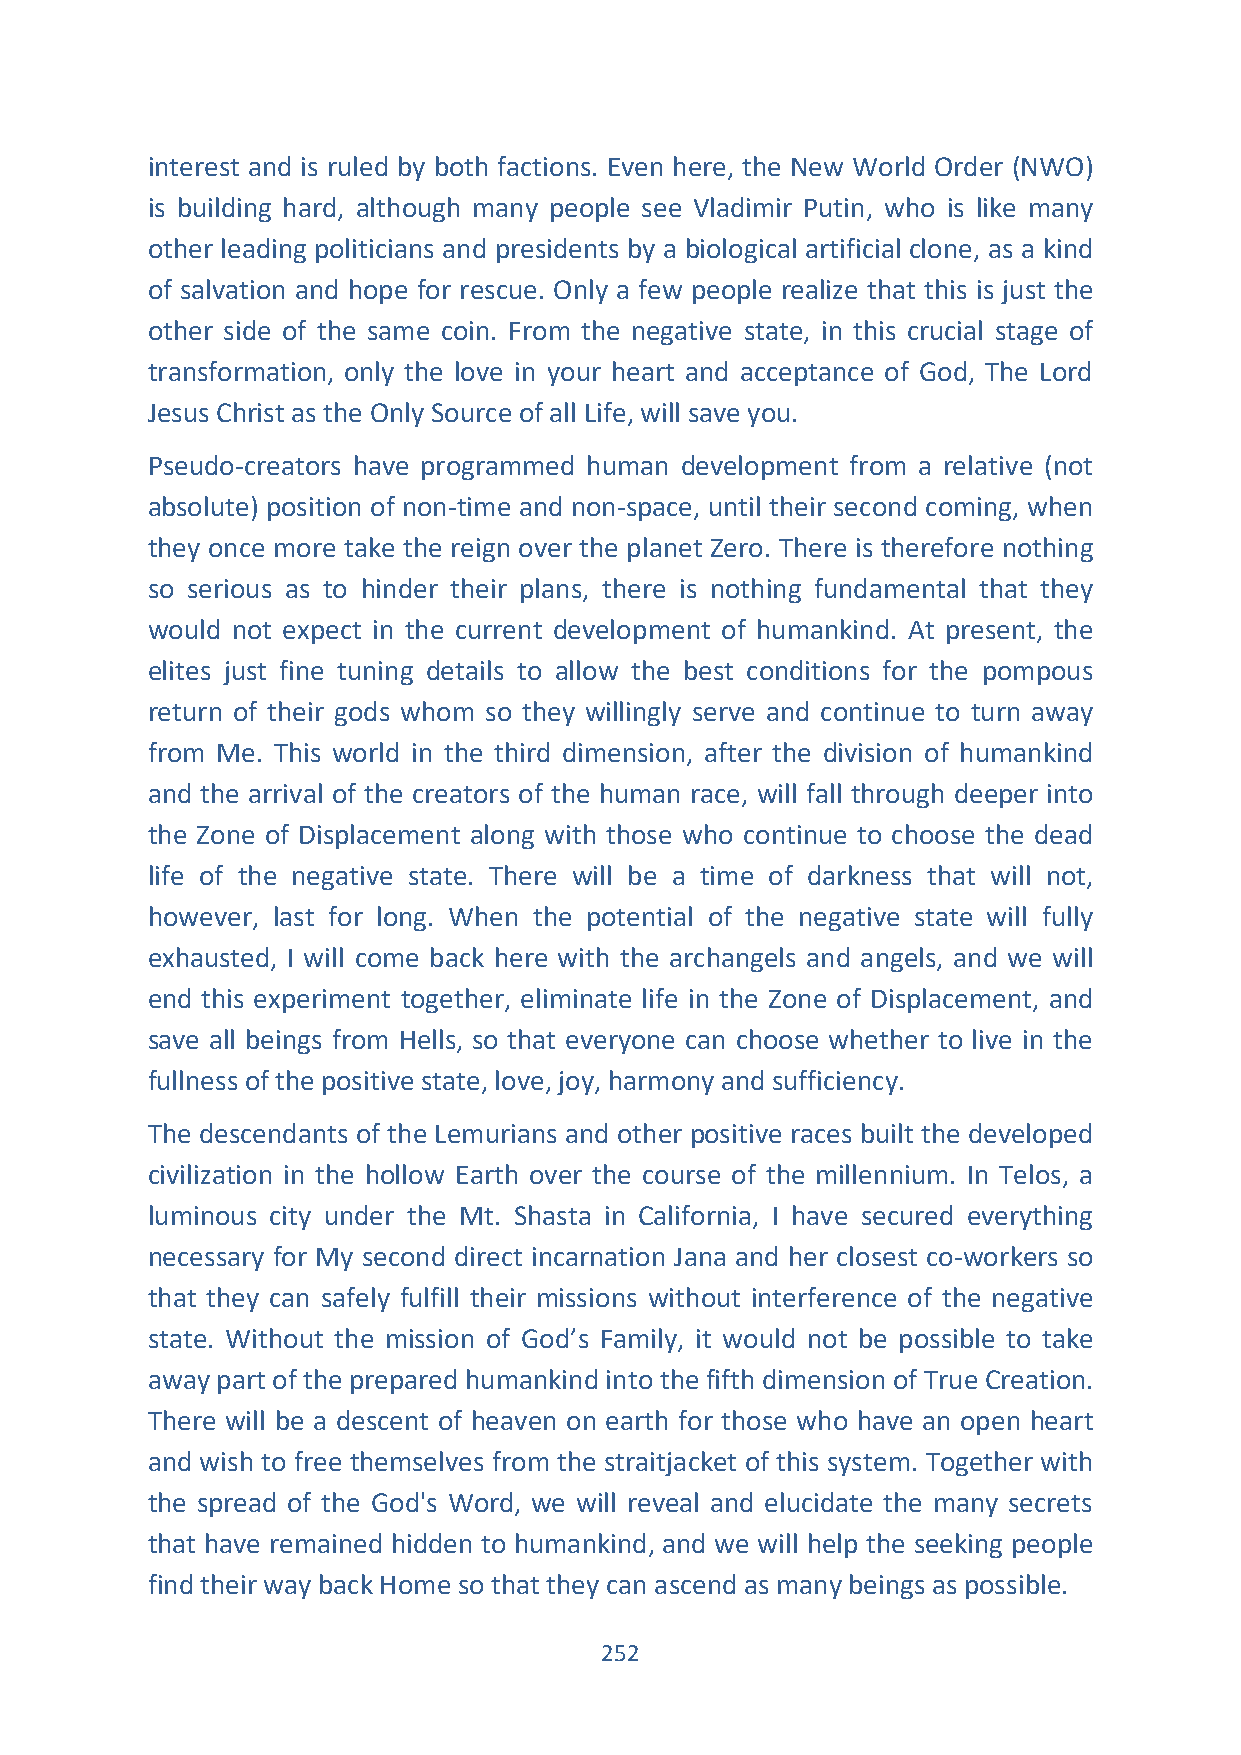
interest and is ruled by both factions. Even here, the New World Order (NWO)
 is building hard, although many people see Vladimir Putin, who is like many
 other leading politicians and presidents by a biological artificial clone, as a kind
 of salvation and hope for rescue. Only a few people realize that this is just the
 other side of the same coin. From the negative state, in this crucial stage of
 transformation, only the love in your heart and acceptance of God, The Lord
 Jesus Christ as the Only Source of all Life, will save you.
 Pseudo-creators have programmed human development from a relative (not
 absolute) position of non-time and non-space, until their second coming, when
 they once more take the reign over the planet Zero. There is therefore nothing
 so serious as to hinder their plans, there is nothing fundamental that they
 would not expect in the current development of humankind. At present, the
 elites just fine tuning details to allow the best conditions for the pompous
 return of their gods whom so they willingly serve and continue to turn away
 from Me. This world in the third dimension, after the division of humankind
 and the arrival of the creators of the human race, will fall through deeper into
 the Zone of Displacement along with those who continue to choose the dead
 life of the negative state. There will be a time of darkness that will not,
 however, last for long. When the potential of the negative state will fully
 exhausted, I will come back here with the archangels and angels, and we will
 end this experiment together, eliminate life in the Zone of Displacement, and
 save all beings from Hells, so that everyone can choose whether to live in the
 fullness of the positive state, love, joy, harmony and sufficiency.
 The descendants of the Lemurians and other positive races built the developed
 civilization in the hollow Earth over the course of the millennium. In Telos, a
 luminous city under the Mt. Shasta in California, I have secured everything
 necessary for My second direct incarnation Jana and her closest co-workers so
 that they can safely fulfill their missions without interference of the negative
 state. Without the mission of God’s Family, it would not be possible to take
 away part of the prepared humankind into the fifth dimension of True Creation.
 There will be a descent of heaven on earth for those who have an open heart
 and wish to free themselves from the straitjacket of this system. Together with
 the spread of the God's Word, we will reveal and elucidate the many secrets
 that have remained hidden to humankind, and we will help the seeking people
 find their way back Home so that they can ascend as many beings as possible.
 252